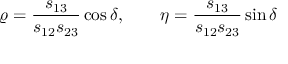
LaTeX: \varrho = \frac { s _ { 1 3 } } { s _ { 1 2 } s _ { 2 3 } } \cos \delta , \qquad \eta = \frac { s _ { 1 3 } } { s _ { 1 2 } s _ { 2 3 } } \sin \delta